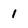
Character: 1